Medical and sanitary report of the native army of Bengal for the year
Year: 1875
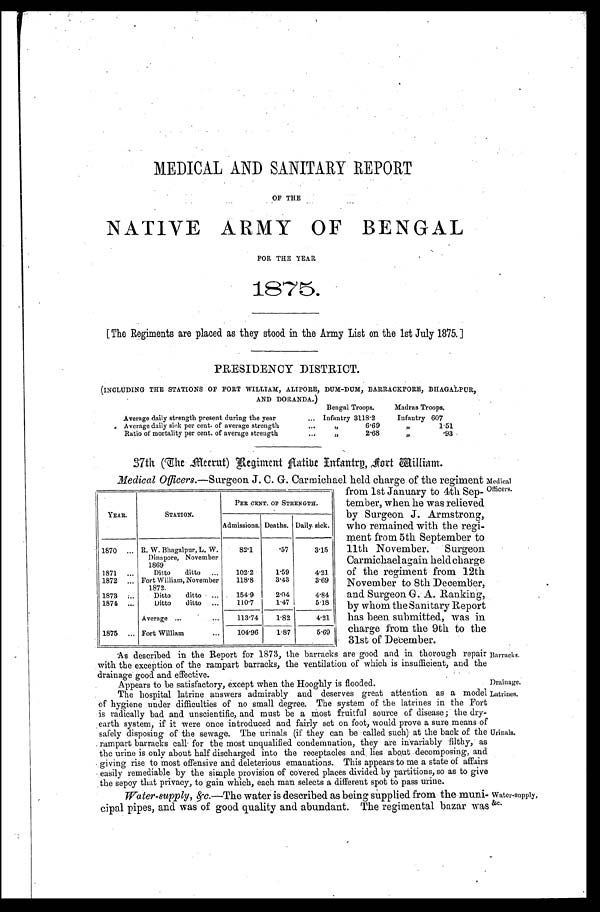
MEDICAL AND SANITARY REPORT
OF THE
NATIVE ARMY OF BENGAL
FOR THE YEAR
1875.
[The Regiments are placed as they stood in the Army List on the 1st July 1875.]
PRESIDENCY DISTRICT.
(INCLUDING THE STATIONS OF FORT WILLIAM, ALIPORE, DUM-DUM, BARRACKPORE, BHAGALPUR,
AND DORANDA.)
Bengal Troops.
Madras Troops.
Average daily strength present during the year . . .
Infantry 3118.2
Infantry 607
Average daily sick per cent. of average strength . . .
" 6.69
" 1 . 5 1
Ratio of mortality per cent. of average strength . . .
" 2 . 6 8
" .93
37th (The Meerut) Regiment Aatibe Infantrn, Fort William.
Medical Officers .—Surgeon J. C. G. Carmichael held charge of the regiment
from 1st January to 4th Sep
-
tember, when he was relieved
by Surgeon J. Armstrong,
who remained with the regi
-
ment from 5th September to
11th November. Surgeon
Carmichael again held charge
of the regiment from 12th
November to 8th December,
and Surgeon G. A. Ranking,
by whom the Sanitary Report
has been submitted, was in
charge from the 9th to the
31st of December.
YEAR.
STATION.
PER CENT. OF STRENGTH.
Admissions. Deaths. Daily sick.
1870 . . .
R. W. Bhagalpur, L. W.
Dinapore, November
1869
82.1
.57
3.15
1871 . . .
Ditto ditto . . .
102.2
1.59
4.21
1872 . . .
Fort William, November
1872.
118.8
3.43
3.69
1873 . . .
Ditto ditto . . .
154.9
2.04
4.84
1874 . . .
Ditto ditto . . .
110.7
1.47
5.18
A v e r a g e . . .
113.74
1.82
4.21
1875 . . .
Fort William . . .
104.96
1.87
5.69
Medical
Officers.
As described in the Report for 1873, the barracks are good and in thorough repair
with the exception of the rampart barracks, the ventilation of which is insufficient, and the
drainage good and effective.
Barracks.
Drainage.
Appears to be satisfactory, except when the Hooghly is flooded.
The hospital latrine answers admirably and deserves great attention as a model
of hygiene under difficulties of no small degree. The system of the latrines in the Fort
is radically bad and unscientific, and must be a most fruitful source of disease ; the dry
-
earth system, if it were once introduced and fairly set on foot, would prove a sure means of
safely disposing of the sewage. The urinals (if they can be called such) at the back of the
rampart barracks call for the most unqualified condemnation, they are invariably filthy, as
the urine is only about half discharged into the receptacles and, lies about decomposing, and
giving rise to most offensive and deleterious emanations. This appears to me a state of affairs
easily remediable by the simple provision of covered places divided by partitions, so as to give
the sepoy that privacy, to gain which, each man selects a different spot to pass urine.
Water-supply, &c .—The water is described as being supplied from the mun
i-
cipal pipes, and was of good quality and abundant. The regimental bazar was
Latrines.
Urinals.
Water-supply,
&c.